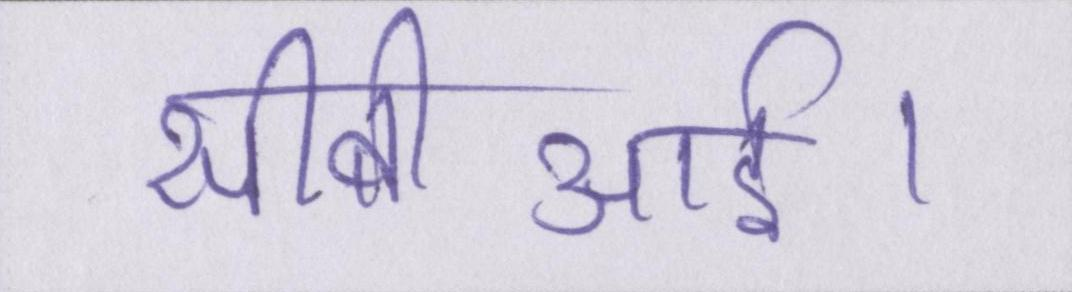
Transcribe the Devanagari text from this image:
सीबीआई।